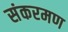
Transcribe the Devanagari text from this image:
संकरमण